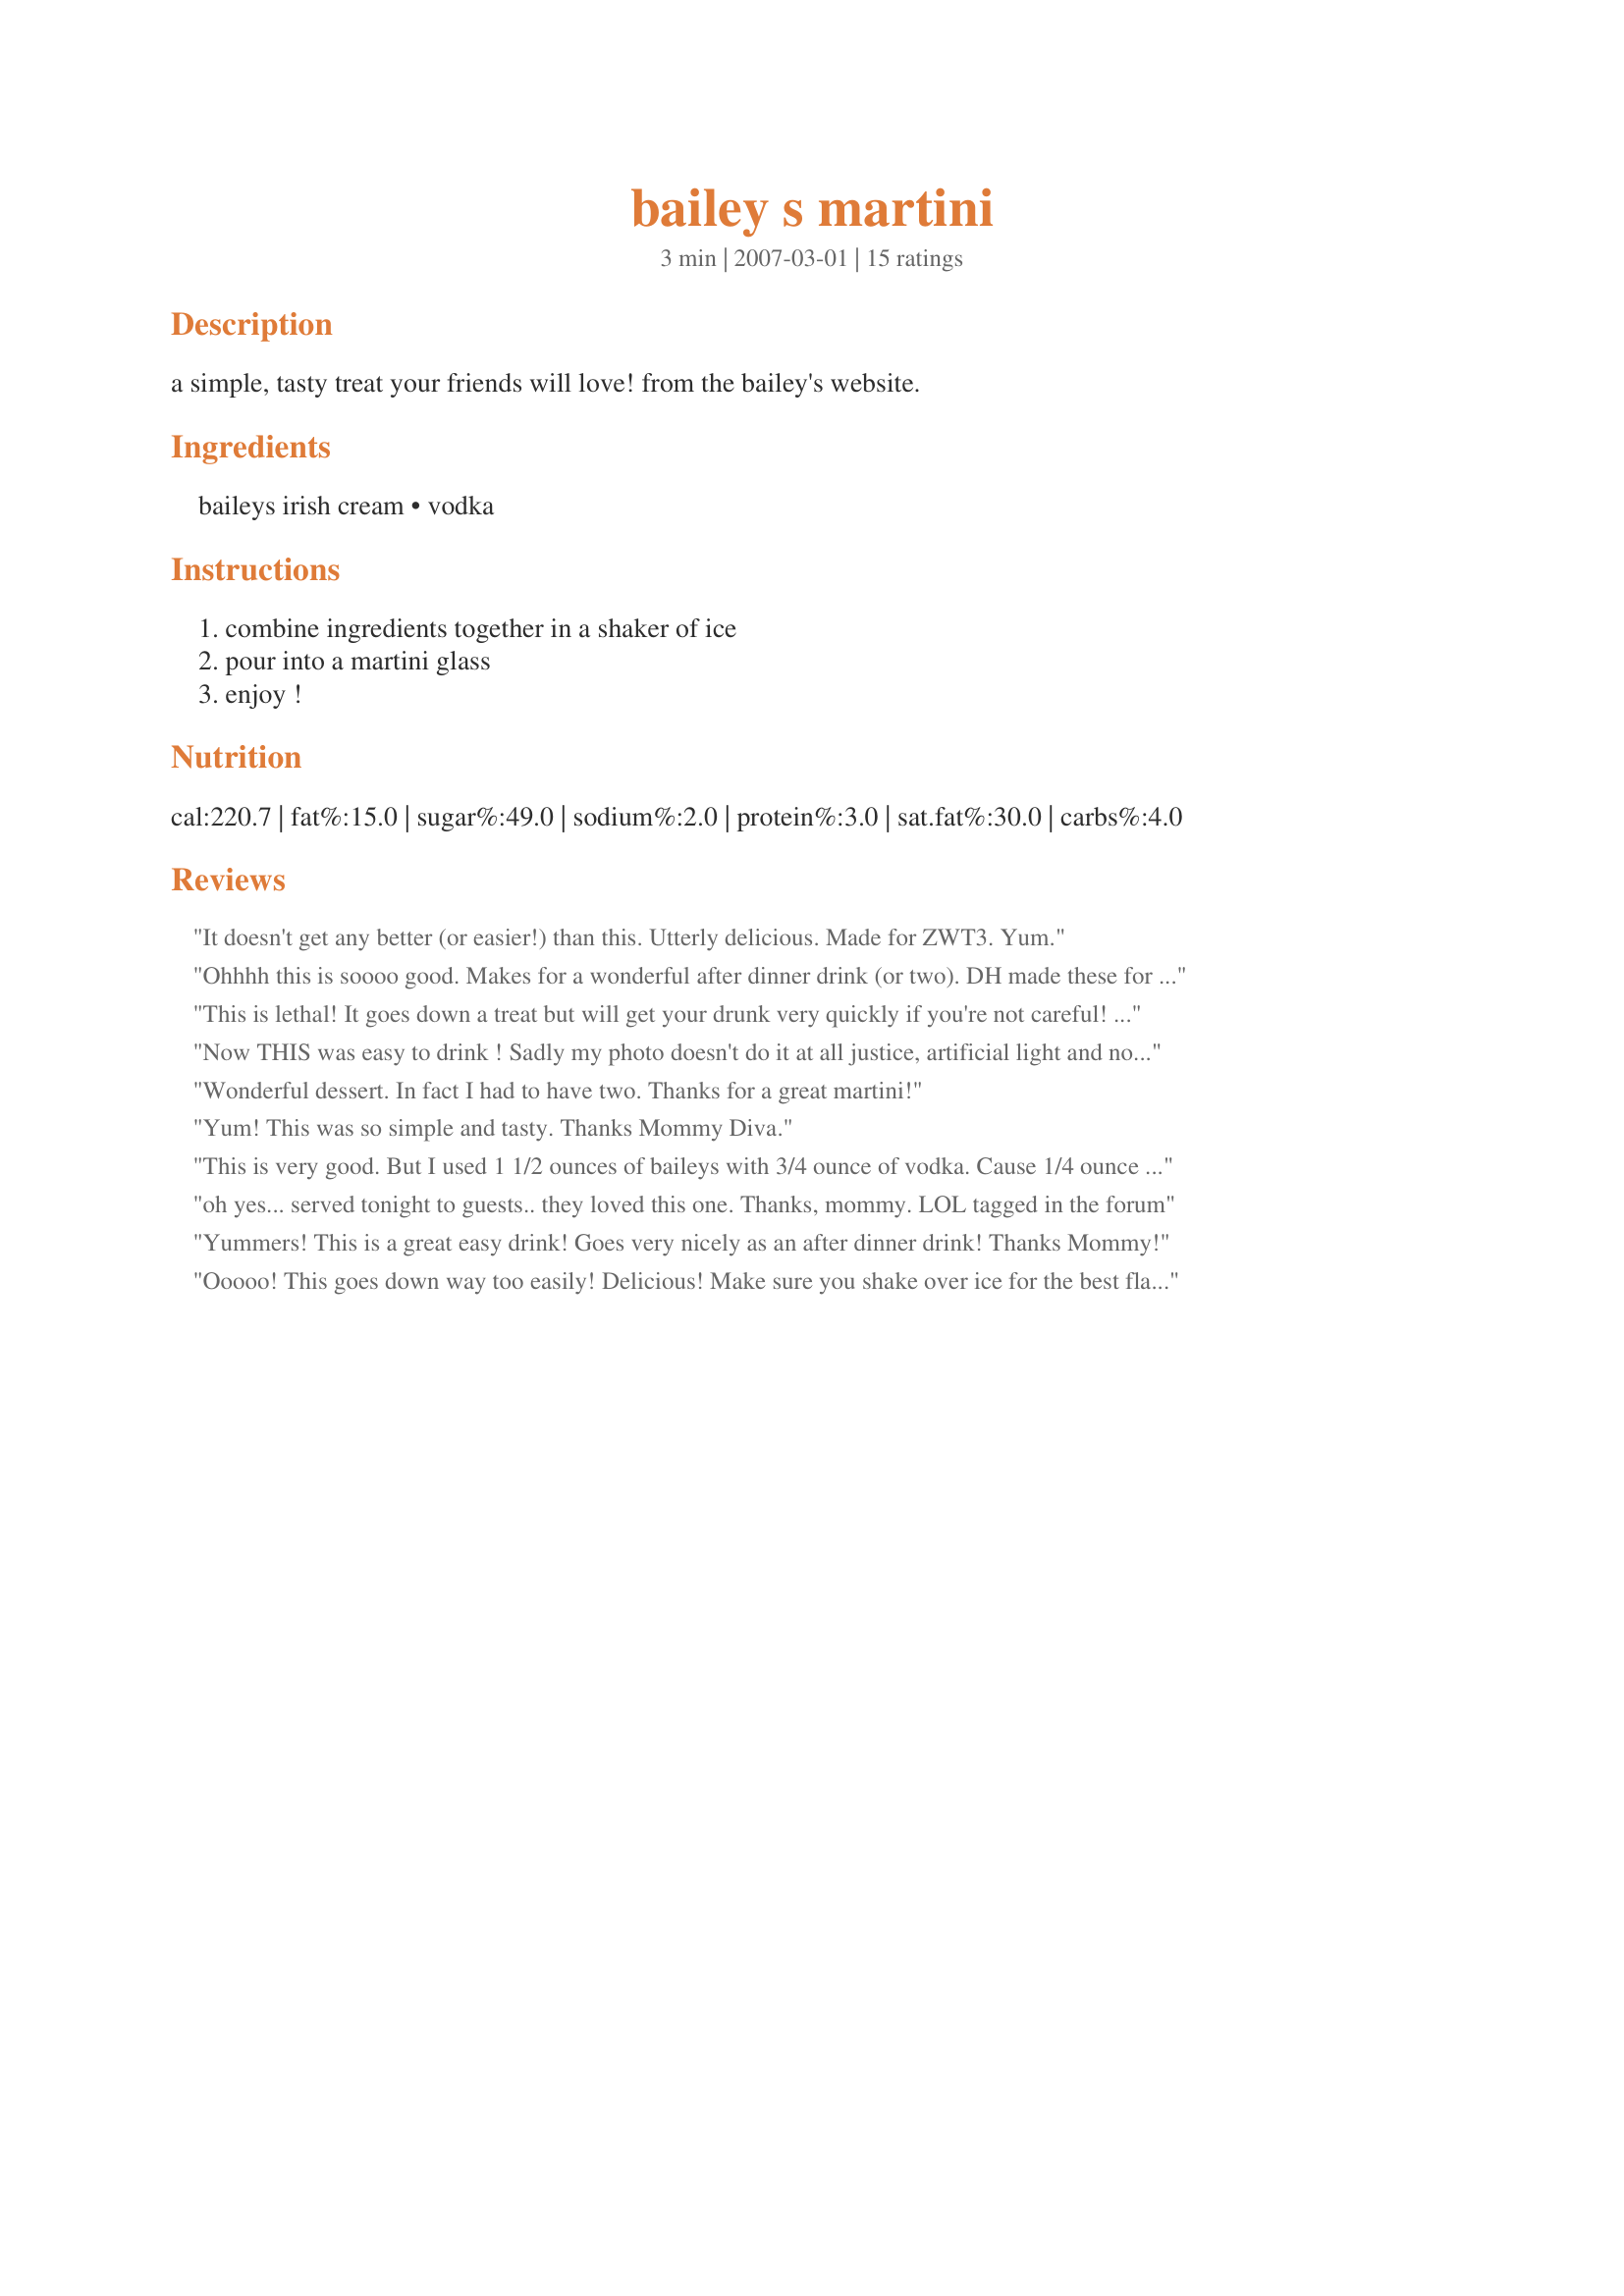
bailey s martini
Preparation time: 3 minutes

a simple, tasty treat your friends will love! from the bailey's website.

Ingredients:
baileys irish cream, vodka

Steps:
combine ingredients together in a shaker of ice, pour into a martini glass, enjoy !

Reviews:
It doesn't get any better (or easier!) than this. Utterly delicious. Made for ZWT3. Yum.
Ohhhh this is soooo good. Makes for a wonderful after dinner drink (or two). DH made these for us only he found out we were out of regular vodka so he used vanilla vodka with the Baileys...so rich and sweet. Definately one to make again. Thank you for posting. Made for Cook-A-Thon for Mommy Diva.
This is lethal! It goes down a treat but will get your drunk very quickly if you're not careful! I love anything with Baileys and this didn't disappoint! A definite keeper, thanks Mommy Diva!
Now THIS was easy to drink ! Sadly my photo doesn't do it at all justice, artificial light and no martini glass meant that I had to improvise.. I had to leave the ice in the main jug becuase the galss was too small so I think a martini glass needs to go onto my shopping list. I adore Baileys and liked this very much becuase yes the vodka cut down the sweetness of the Baileys, so this recipe is a favourite for me but not quite in my top 10. Please see my rating system: 4 stars for an easy, and great Baileys variation... excellent recipe to have tried. Thanks!
Wonderful dessert. In fact I had to have two. Thanks for a great martini!
Yum! This was so simple and tasty. Thanks Mommy Diva.
This is very good. But I used 1 1/2 ounces of baileys with 3/4 ounce of vodka. Cause 1/4 ounce of vodka was not enough for me lol Thanks MommyDiva. Made for beverage tag.
oh yes... served tonight to guests.. they loved this one. Thanks, mommy. LOL tagged in the forum
Yummers! This is a great easy drink! Goes very nicely as an after dinner drink! Thanks Mommy!
Ooooo! This goes down way too easily! Delicious! Make sure you shake over ice for the best flavor! Thank you, Mommy, for yet another wonderful recipe : )
This is my FAVORITE. Thanks for a great martini, I had more than one.... Cheers ~V
A lot of Bailey's and a little vodka, the way I like my drinks. If you don't like to taste your alcohol then this is the drink for you. I made this for ZWT III 2007 - British & Irish Region
This is just so good. After a full day with a 9month old teething grandson, this was truly a treat. Thanks and I wish you the best. Made for Mommy Diva's Cook-A-Thon
I really enjoyed this drink. The vodka cuts the sweetness just ever so slightly. Thanks MommyDiva!
Made for Holiday Beverage Tag 2007. I'm not much of a drinker (I usually have a drink or two a couple times a year), and I usually have a wine cooler or similar "fruity" drink. I have never had a martini before, and that is why I wanted to give this drink a try. I wasn't disappointed. This drink is soooooo good. I'm drinking my second one as I am typing this review and feeling all warm and fuzzy inside. Thanks for my first introduction to the world of martinis Mommy Diva.
